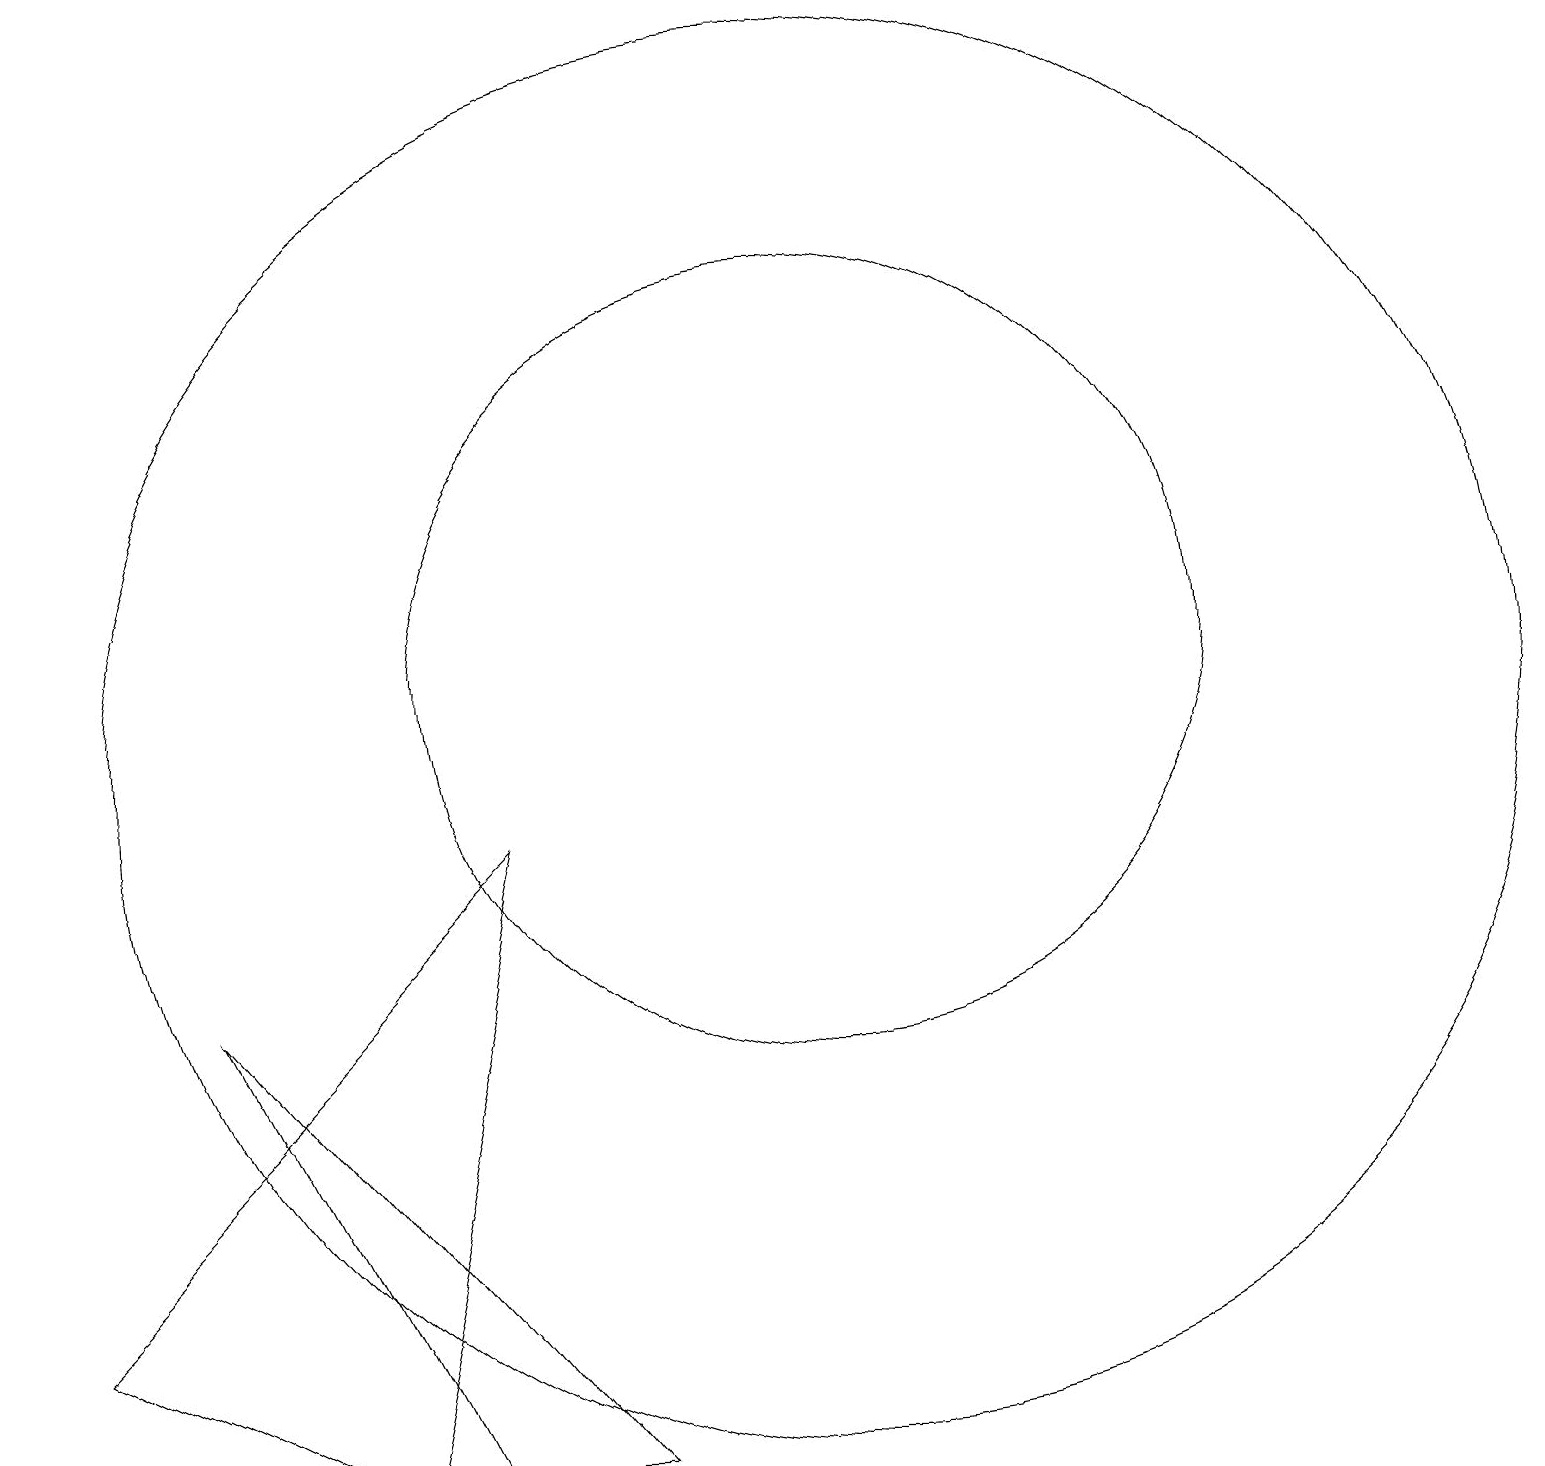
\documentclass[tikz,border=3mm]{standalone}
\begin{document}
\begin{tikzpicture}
\draw (2,7) -- (5,1) -- (7,1) -- cycle;
\draw (10,10) circle (9);
\draw (6,9) -- (0,3) -- (4,1) -- cycle;
\draw (10,11) circle (5);
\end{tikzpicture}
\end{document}